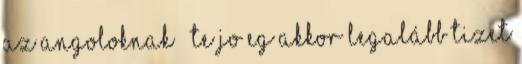
az angoloknak – Te jo eg Akkor legalább tizet